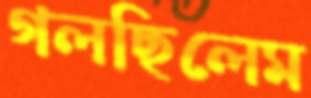
গলছিলেম